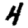
Digit: 4